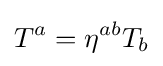
T^{a}=\eta ^{ab}T_{b}